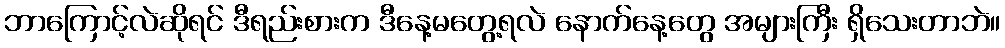
ဘာကြောင့်လဲဆိုရင် ဒီရည်းစားက ဒီနေ့မတွေ့ရလဲ နောက်နေ့တွေ အများကြီး ရှိသေးတာဘဲ။